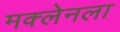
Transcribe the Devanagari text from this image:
मक्लेनला